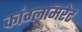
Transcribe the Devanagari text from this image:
कांग्लामरेट